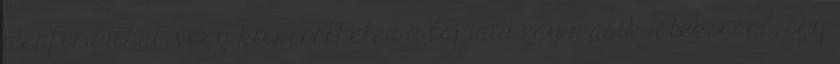
megfordulhat, vagy kicserélheted a lapjaid egy másik játékossal, egy